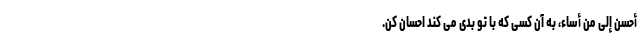
أَحْسِنْ إِلَی مَنْ أَسَاءَ، به آن کسی که با تو بدی می کند احسان کن.